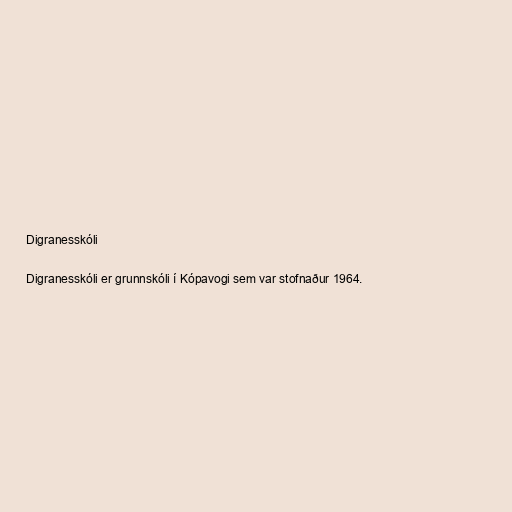
Digranesskóli

Digranesskóli er grunnskóli í Kópavogi sem var stofnaður 1964.